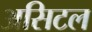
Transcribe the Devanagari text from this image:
असिटल